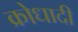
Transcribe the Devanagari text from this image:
क्रोधादी